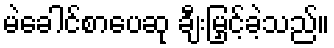
မဲခေါင်စာပေဆု ချီးမြှင့်ခဲ့သည်။